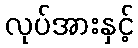
လုပ်အားနှင့်